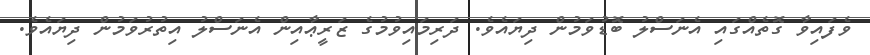
ވެފައިވާ ގޮތެއްގައި އެނަސްލު ބޮޑުވަމުން ދިޔައެވެ. ދަރިމައިވުމުގެ ޒަރީޢާއިން އެނަސްލު އިތުރުވަމުން ދިޔައެވެ.